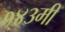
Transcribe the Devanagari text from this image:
१४३मी